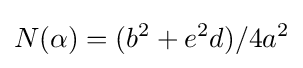
N(\alpha )=(b^{2}+e^{2}d)/4a^{2}